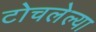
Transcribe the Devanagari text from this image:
टोचलेल्या